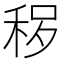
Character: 𱶃